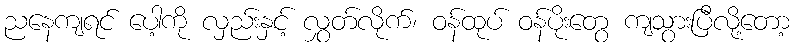
ညနေကျရင် ပေါ့ကို လှည်းနှင့် လွှတ်လိုက်၊ ဝန်ထုပ် ဝန်ပိုးတွေ ကျသွားပြီလို့တော့